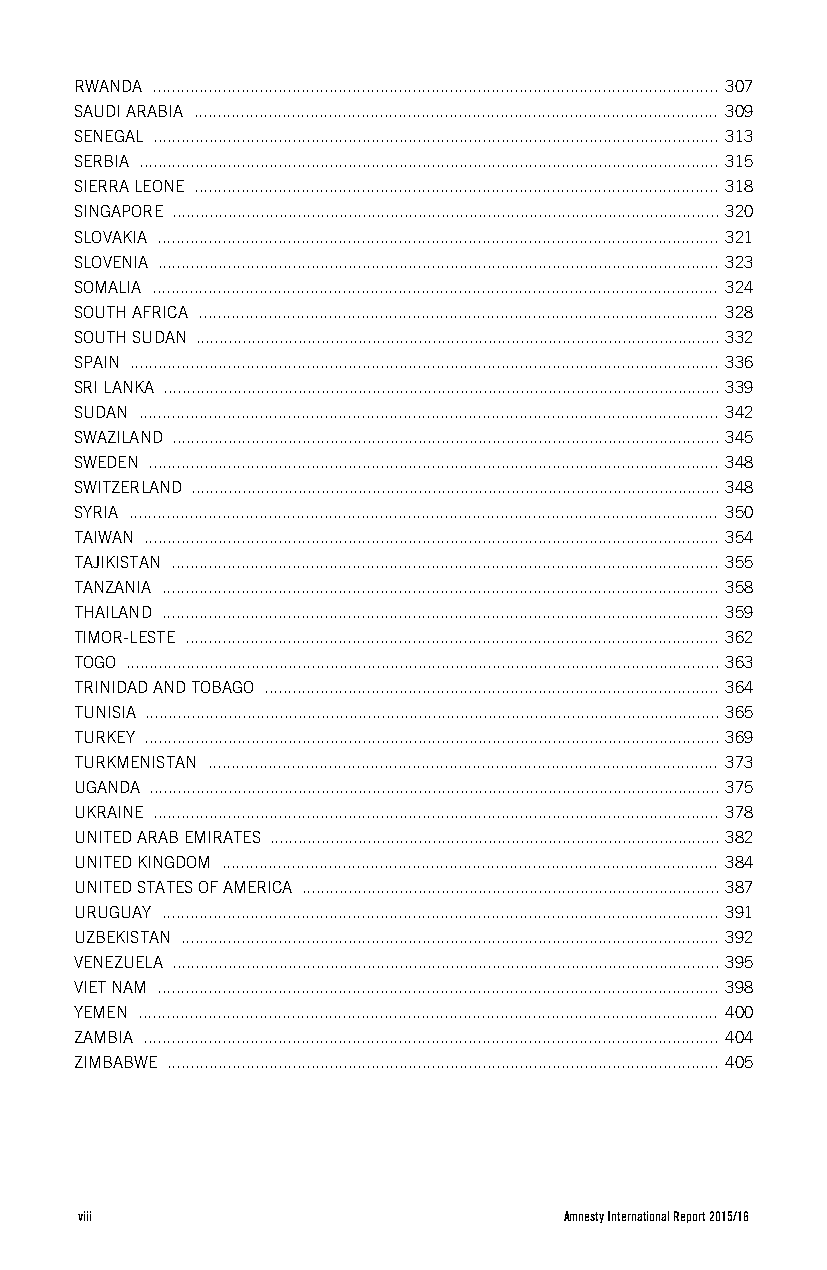
RWANDA .......................................................................................................................... 307
 SAUDI ARABIA ................................................................................................................. 309
 SENEGAL .......................................................................................................................... 313
 SERBIA ............................................................................................................................. 315
 SIERRA LEONE ................................................................................................................. 318
 SINGAPORE ...................................................................................................................... 320
 SLOVAKIA ......................................................................................................................... 321
 SLOVENIA ......................................................................................................................... 323
 SOMALIA .......................................................................................................................... 324
 SOUTH AFRICA ................................................................................................................ 328
 SOUTH SUDAN ................................................................................................................. 332
 SPAIN ............................................................................................................................... 336
 SRI LANKA ........................................................................................................................ 339
 SUDAN ............................................................................................................................. 342
 SWAZILAND ...................................................................................................................... 345
 SWEDEN ........................................................................................................................... 348
 SWITZERLAND .................................................................................................................. 348
 SYRIA ............................................................................................................................... 350
 TAIWAN ............................................................................................................................ 354
 TAJIKISTAN ...................................................................................................................... 355
 TANZANIA ........................................................................................................................ 358
 THAILAND ........................................................................................................................ 359
 TIMOR-LESTE ................................................................................................................... 362
 TOGO ................................................................................................................................ 363
 TRINIDAD AND TOBAGO .................................................................................................. 364
 TUNISIA ............................................................................................................................ 365
 TURKEY ............................................................................................................................ 369
 TURKMENISTAN .............................................................................................................. 373
 UGANDA ........................................................................................................................... 375
 UKRAINE .......................................................................................................................... 378
 UNITED ARAB EMIRATES ................................................................................................. 382
 UNITED KINGDOM ........................................................................................................... 384
 UNITED STATES OF AMERICA .......................................................................................... 387
 URUGUAY ........................................................................................................................ 391
 UZBEKISTAN .................................................................................................................... 392
 VENEZUELA ...................................................................................................................... 395
 VIET NAM ......................................................................................................................... 398
 YEMEN ............................................................................................................................. 400
 ZAMBIA ............................................................................................................................ 404
 ZIMBABWE ....................................................................................................................... 405
 viii                            Amnesty International Report 2015/16